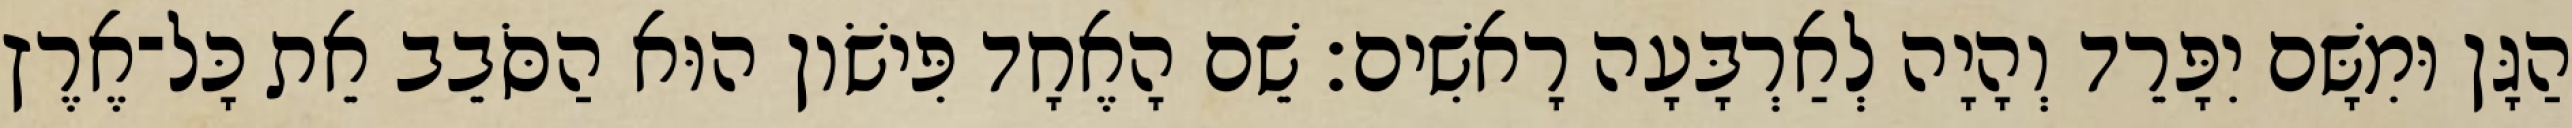
הַגָּן וּמִשָּׁם יִפָּרֵד וְהָיָה לְאַרְבָּעָה רָאשִׁים׃ שֵׁם הָאֶחָד פִּישֹׁון הוּא הַסֹּבֵב אֵת כָּל־אֶרֶץ